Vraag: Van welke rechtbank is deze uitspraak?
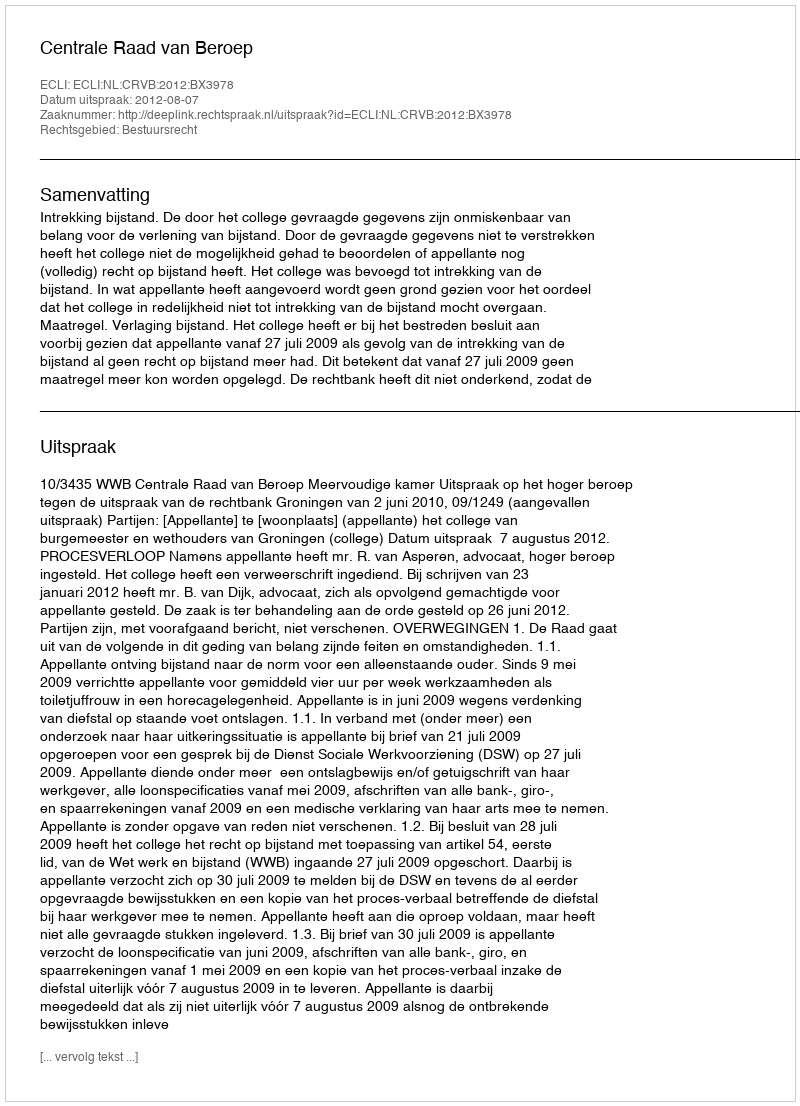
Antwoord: Centrale Raad van Beroep